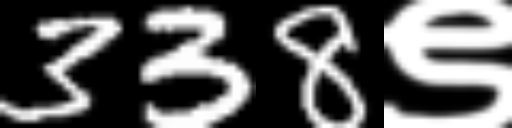
Text: 338९